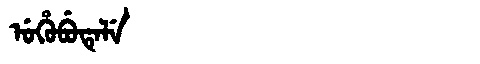
Manchu: ᡠᡥᡠᠪᡠᡨᡝᠯᡝ
Romanization: UHUBUTELE